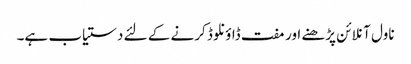
ناول آنلائن پڑھنے اور مفت ڈاؤنلوڈ کرنے کے لئے دستیاب ہے۔